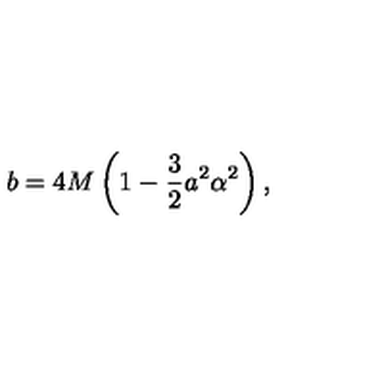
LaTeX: b = 4 M \left( 1 - \frac { 3 } { 2 } a ^ { 2 } \alpha ^ { 2 } \right) ,